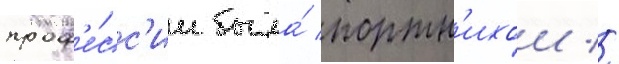
проф'е́сс'ии была́ портн'ихои //